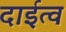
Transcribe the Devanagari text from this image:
दाईत्व